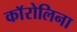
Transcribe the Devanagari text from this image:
काॅरोलिना